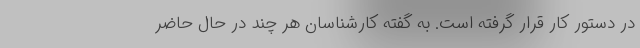
در دستور کار قرار گرفته است. به گفته کارشناسان هر چند در حال حاضر